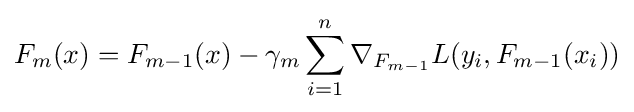
F_{m}(x)=F_{m-1}(x)-\gamma _{m}\sum _{i=1}^{n}{\nabla _{F_{m-1}}L(y_{i},F_{m-1}(x_{i}))}